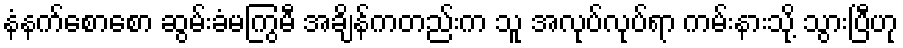
နံနက်စောစော ဆွမ်းခံမကြွမီ အချိန်ကတည်းက သူ အလုပ်လုပ်ရာ ကမ်းနားသို့ သွားပြီဟု